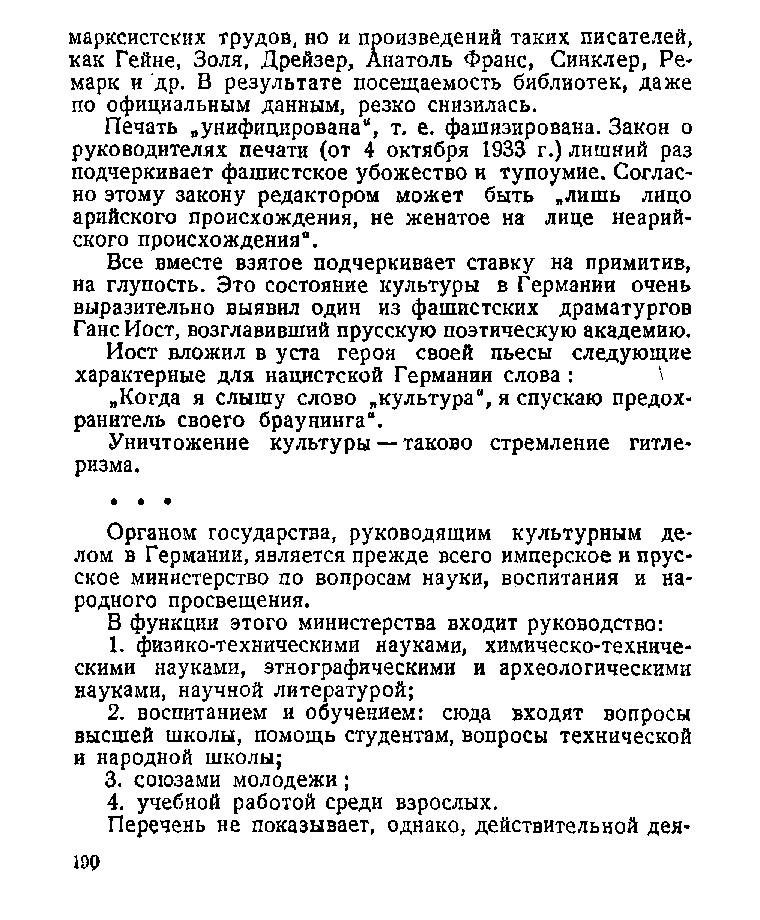
марксистских трудов, но и произведений таких писателей,
 как Гейне, Золя, Дрейзер, Анатоль Франс, Синклер, Ре­
 марк и др. В результате посещаемость библиотек, даже
 по официальным данным, резко снизилась.
 Печать „унифицирована“, т. е. фашизирована. Закон о
 руководителях печати (от 4 октября 1933 г.) лишний раз
 подчеркивает фашистское убожество и тупоумие. Соглас­
 но этому закону редактором может быть „лишь лицо
 арийского происхождения, не женатое на лице неарий­
 ского происхождения“.
 Все вместе взятое подчеркивает ставку на примитив,
 на глупость. Это состояние культуры в Германии очень
 выразительно выявил один из фашистских драматургов
 Ганс Иост, возглавивший прусскую поэтическую академию.
 Иост вложил в уста героя своей пьесы следующие
 характерные для нацистской Германии слова : \
 „Когда я слышу слово „культура“, я спускаю предох­
 ранитель своего браунинга“.
 Уничтожение культуры — таково стремление гитле­
 ризма.
 Органом государства, руководящим культурным де­
 лом в Германии, является прежде всего имперское и прус­
 ское министерство по вопросам науки, воспитания и на­
 родного просвещения.
 В функции этого министерства входит руководство:
 1. физико-техническими науками, химическо-техниче-
 скими науками, этнографическими и археологическими
 науками, научной литературой;
 2. воспитанием и обучением: сюда входят вопросы
 высшей школы, помощь студентам, вопросы технической
 и народной школы;
 3. союзами молодежи;
 4. учебной работой среди взрослых.
 Перечень не показывает, однако, действительной дея-
 19Р